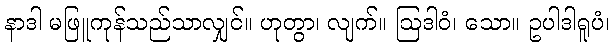
နာဒါ မဖြူကုန်သည်သာလျှင်။ ဟုတွာ၊ လျက်။ ဩဒါဝံ၊ သော။ ဥပါဒါရူပံ၊